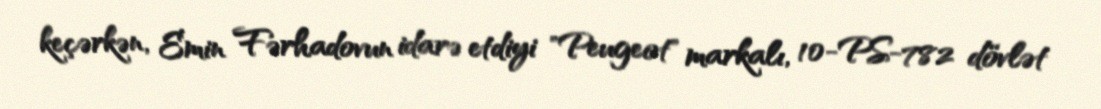
keçərkən, Emin Fərhadovun idarə etdiyi "Peugeot" markalı, 10-PS-782 dövlət